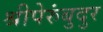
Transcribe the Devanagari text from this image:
श्रीपेरुंबुदुर